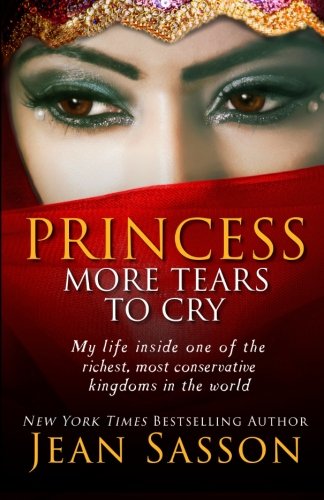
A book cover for Princess, More Tears to Cry; Jean Sasson; Biographies & Memoirs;